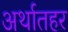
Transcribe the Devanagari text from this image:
अर्थातहर